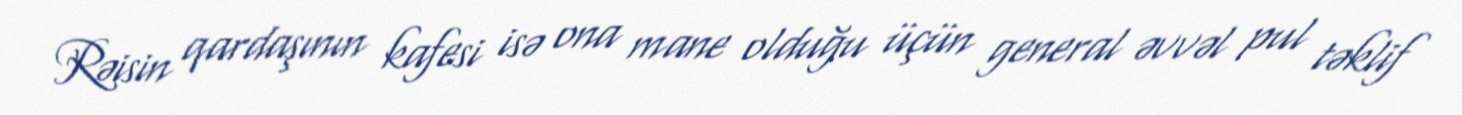
Rəisin qardaşının kafesi isə ona mane olduğu üçün general əvvəl pul təklif